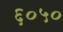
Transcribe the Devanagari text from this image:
६०५०